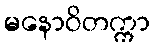
မနောဝိတက္ကာ